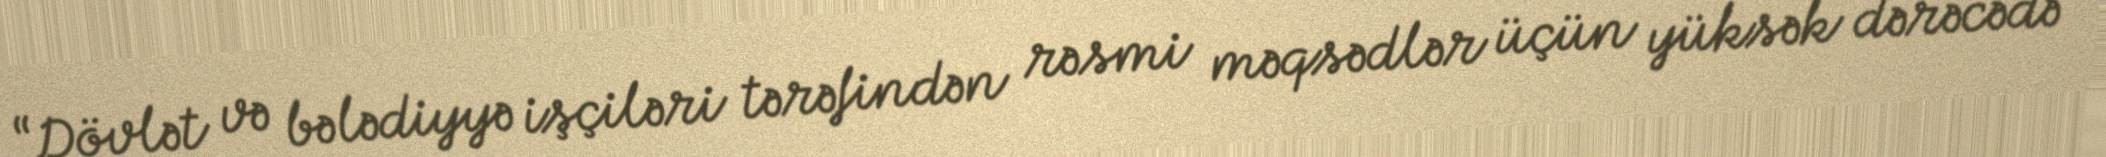
“Dövlət və bələdiyyə işçiləri tərəfindən rəsmi məqsədlər üçün yüksək dərəcədə